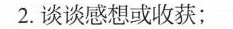
2.谈谈感想或收获；